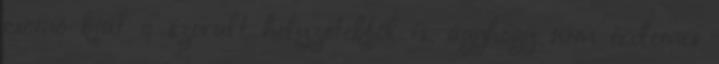
csomó kiút a szorult helyzetekből is, úgyhogy nem érdemes